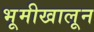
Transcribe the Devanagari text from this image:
भूमीखालून